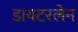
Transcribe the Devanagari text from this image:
डायटरलेन